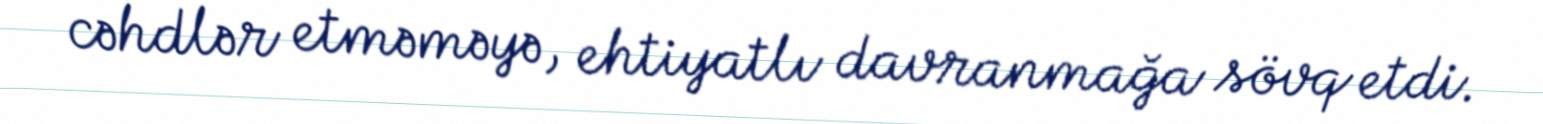
cəhdlər etməməyə, ehtiyatlı davranmağa sövq etdi.